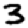
Digit: 3